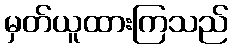
မှတ်ယူထားကြသည်